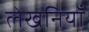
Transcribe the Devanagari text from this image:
लेखनियाँ